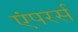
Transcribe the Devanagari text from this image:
एंपरर्स